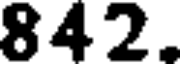
842.